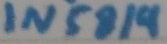
Text: IN5819